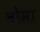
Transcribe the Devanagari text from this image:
बोसा